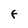
Character: F